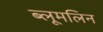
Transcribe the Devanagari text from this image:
ब्लूमलिन